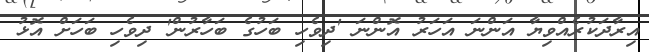
އިރާދަކުރެއްވިޔާ އަންނަ އަހަރު އޮންނަ 'ދިވެހި ބަހުގެ ބަހާރުން' ދިވެހި ބަހަށް އޮޅު